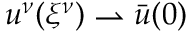
u ^ { \nu } ( { \xi ^ { \nu } } ) \rightharpoonup \bar { u } ( 0 )